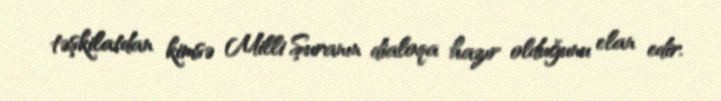
təşkilatdan kimsə Milli Şuranın dialoqa hazır olduğunu elan edir.